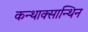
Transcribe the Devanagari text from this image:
कन्थाक्सान्थिन